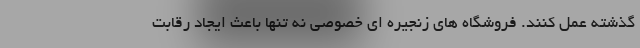
گذشته عمل کنند. فروشگاه های زنجیره ای خصوصی نه تنها باعث ایجاد رقابت